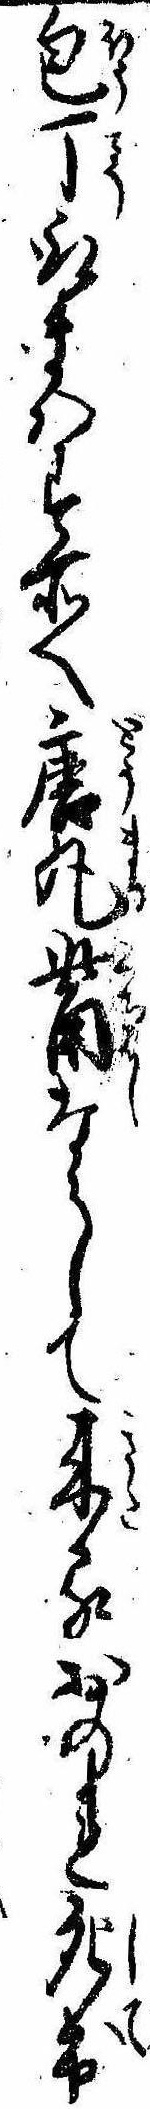
包丁取まはす所へ唐丸觜ならして来るおのれ死出